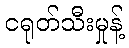
ငရုတ်သီးမှုန့်